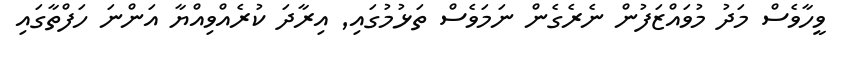
ވީހާވެސް މަދު މުވައްޒަފުން ނެރެގެން ނަމަވެސް ތަޅުމުގައި